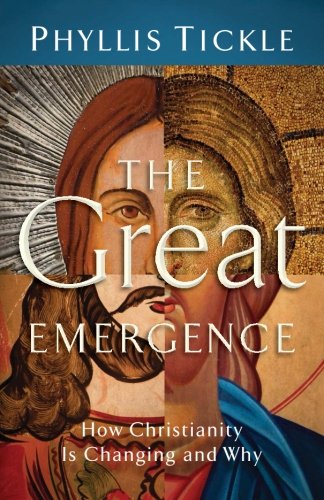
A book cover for The Great Emergence: How Christianity Is Changing and Why; Phyllis Tickle; History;